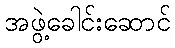
အဖွဲ့ခေါင်းဆောင်